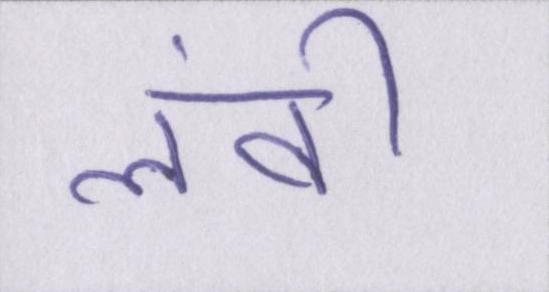
लंबी